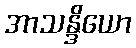
အာသန္ဒိယော